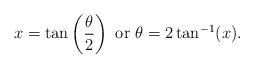
LaTeX: \begin{align*}x=\tan\left(\frac{\theta}{2}\right) \textnormal{ or } \theta=2\tan^{-1}(x).\end{align*}